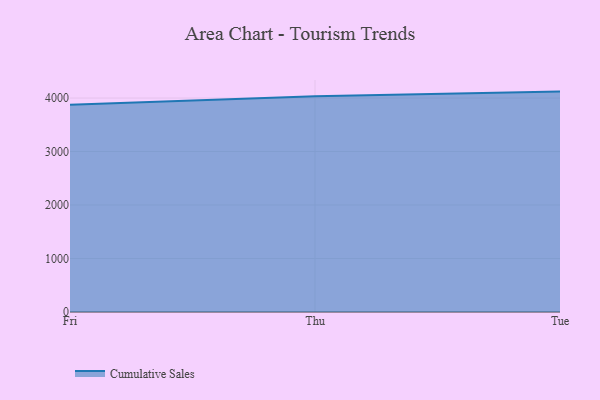
{"axis": {"x": "Day", "y": "Operating Costs (USD K)"}, "legend": ["Cumulative Sales"], "data": [{"x": "Fri", "y": 3875.2, "type": "Cumulative Sales"}, {"x": "Thu", "y": 4033.3, "type": "Cumulative Sales"}, {"x": "Tue", "y": 4120.4, "type": "Cumulative Sales"}]}